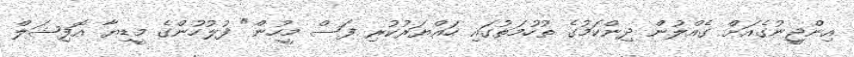
އިންޖީނުގެއަށް ގެއްލުން ދިންކަމުގެ ތުހުމަތުގައި ހައްޔަރުކުރި ފަސް މީހުން" ފުލުހުންގެ މީޑިޔާ އޮފިޝަލް